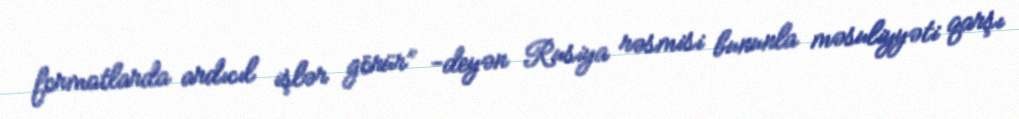
formatlarda ardıcıl işlər görür” -deyən Rusiya rəsmisi bununla məsuliyyəti qarşı